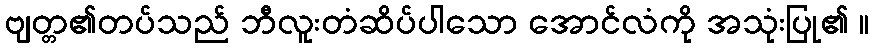
ဗျတ္တ၏တပ်သည် ဘီလူးတံဆိပ်ပါသော အောင်လံကို အသုံးပြု၏ ။